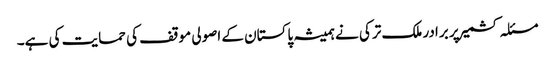
مسئلہ کشمیر پر برادر ملک ترکی نے ہمیشہ پاکستان کے اصولی موقف کی حمایت کی ہے۔